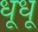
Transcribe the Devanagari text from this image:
धूधू